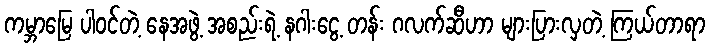
ကမ္ဘာမြေ ပါဝင်တဲ့ နေအဖွဲ့ အစည်းရဲ့ နဂါးငွေ့ တန်း ဂလက်ဆီဟာ များပြားလှတဲ့ ကြယ်တာရာ